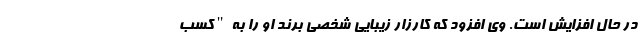
در حال افزایش است. وی افزود که کارزار زیبایی شخصی برند او را به "کسب